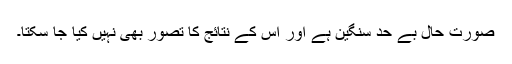
صورتِ حال بے حد سنگین ہے اور اس کے نتائج کا تصور بھی نہیں کیا جا سکتا۔